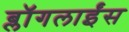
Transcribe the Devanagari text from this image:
ब्लॉगलाईंस